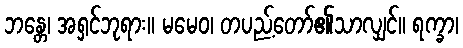
ဘန္တေ၊ အရှင်ဘုရား။ မမေဝ၊ တပည့်တော်၏သာလျှင်။ ရက္ခာ၊